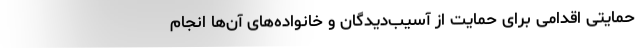
حمایتی اقدامی برای حمایت از آسیب‌دیدگان و خانواده‌های آن‌ها انجام